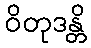
ဝိတုဒန္တိ